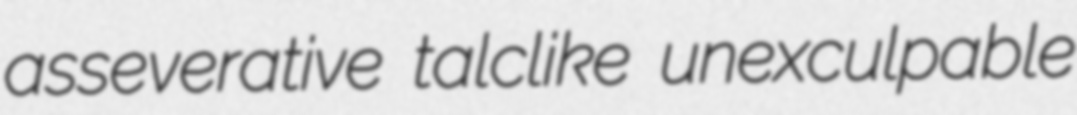
asseverative talclike unexculpable